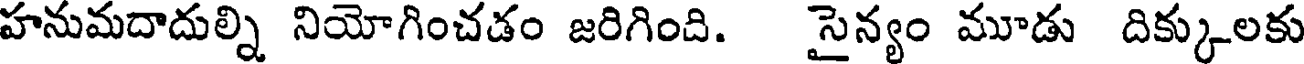
హనుమదాదుల్ని నియోగించడం జరిగింది. సైన్యం మూడు దిక్కులకు